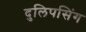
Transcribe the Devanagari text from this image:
दुलिपसिंग